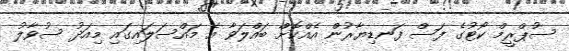
ސުޕްރީމް ކޯޓުގެ ފަސް ފަނޑިޔާރުން އެއްކޮށް ބައްލަވާ އެ މައްސަލައިގައި މިއަދު ސުވާލު